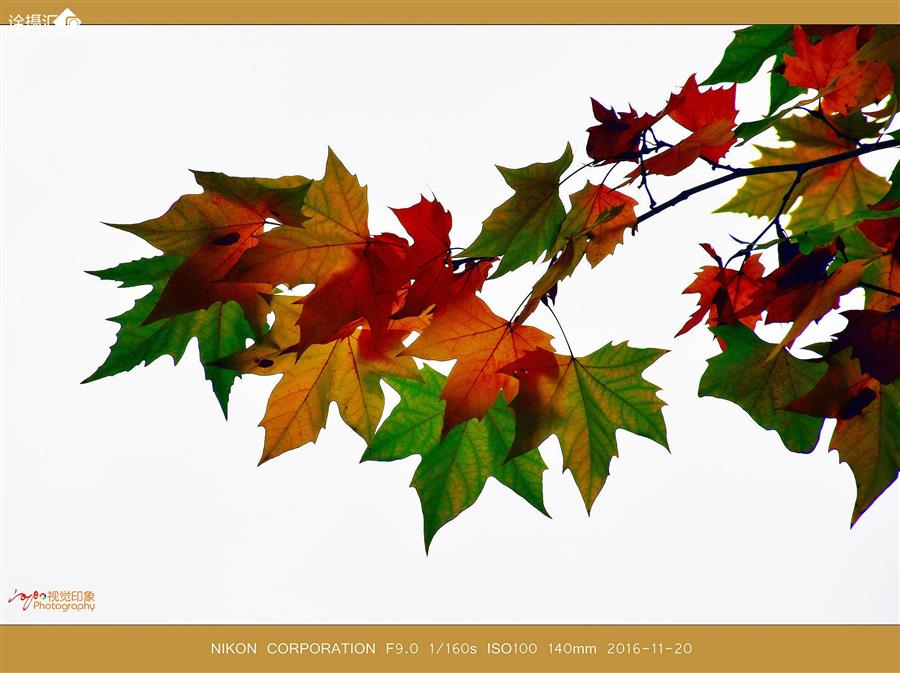
梧桐真不甘衰谢，数叶迎风尚有声。